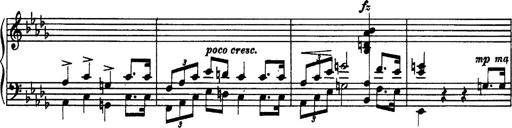
Title: 3 Sonatinas, Op.67
Composer: Jean Sibelius